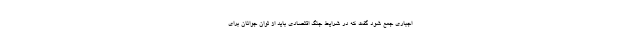
اجباری جمع شود گفت که در شرایط جنگ اقتصادی باید از توان جوانان برای